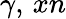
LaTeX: \gamma,\, xn